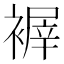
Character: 𧛺